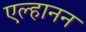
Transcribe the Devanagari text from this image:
एल्हानन